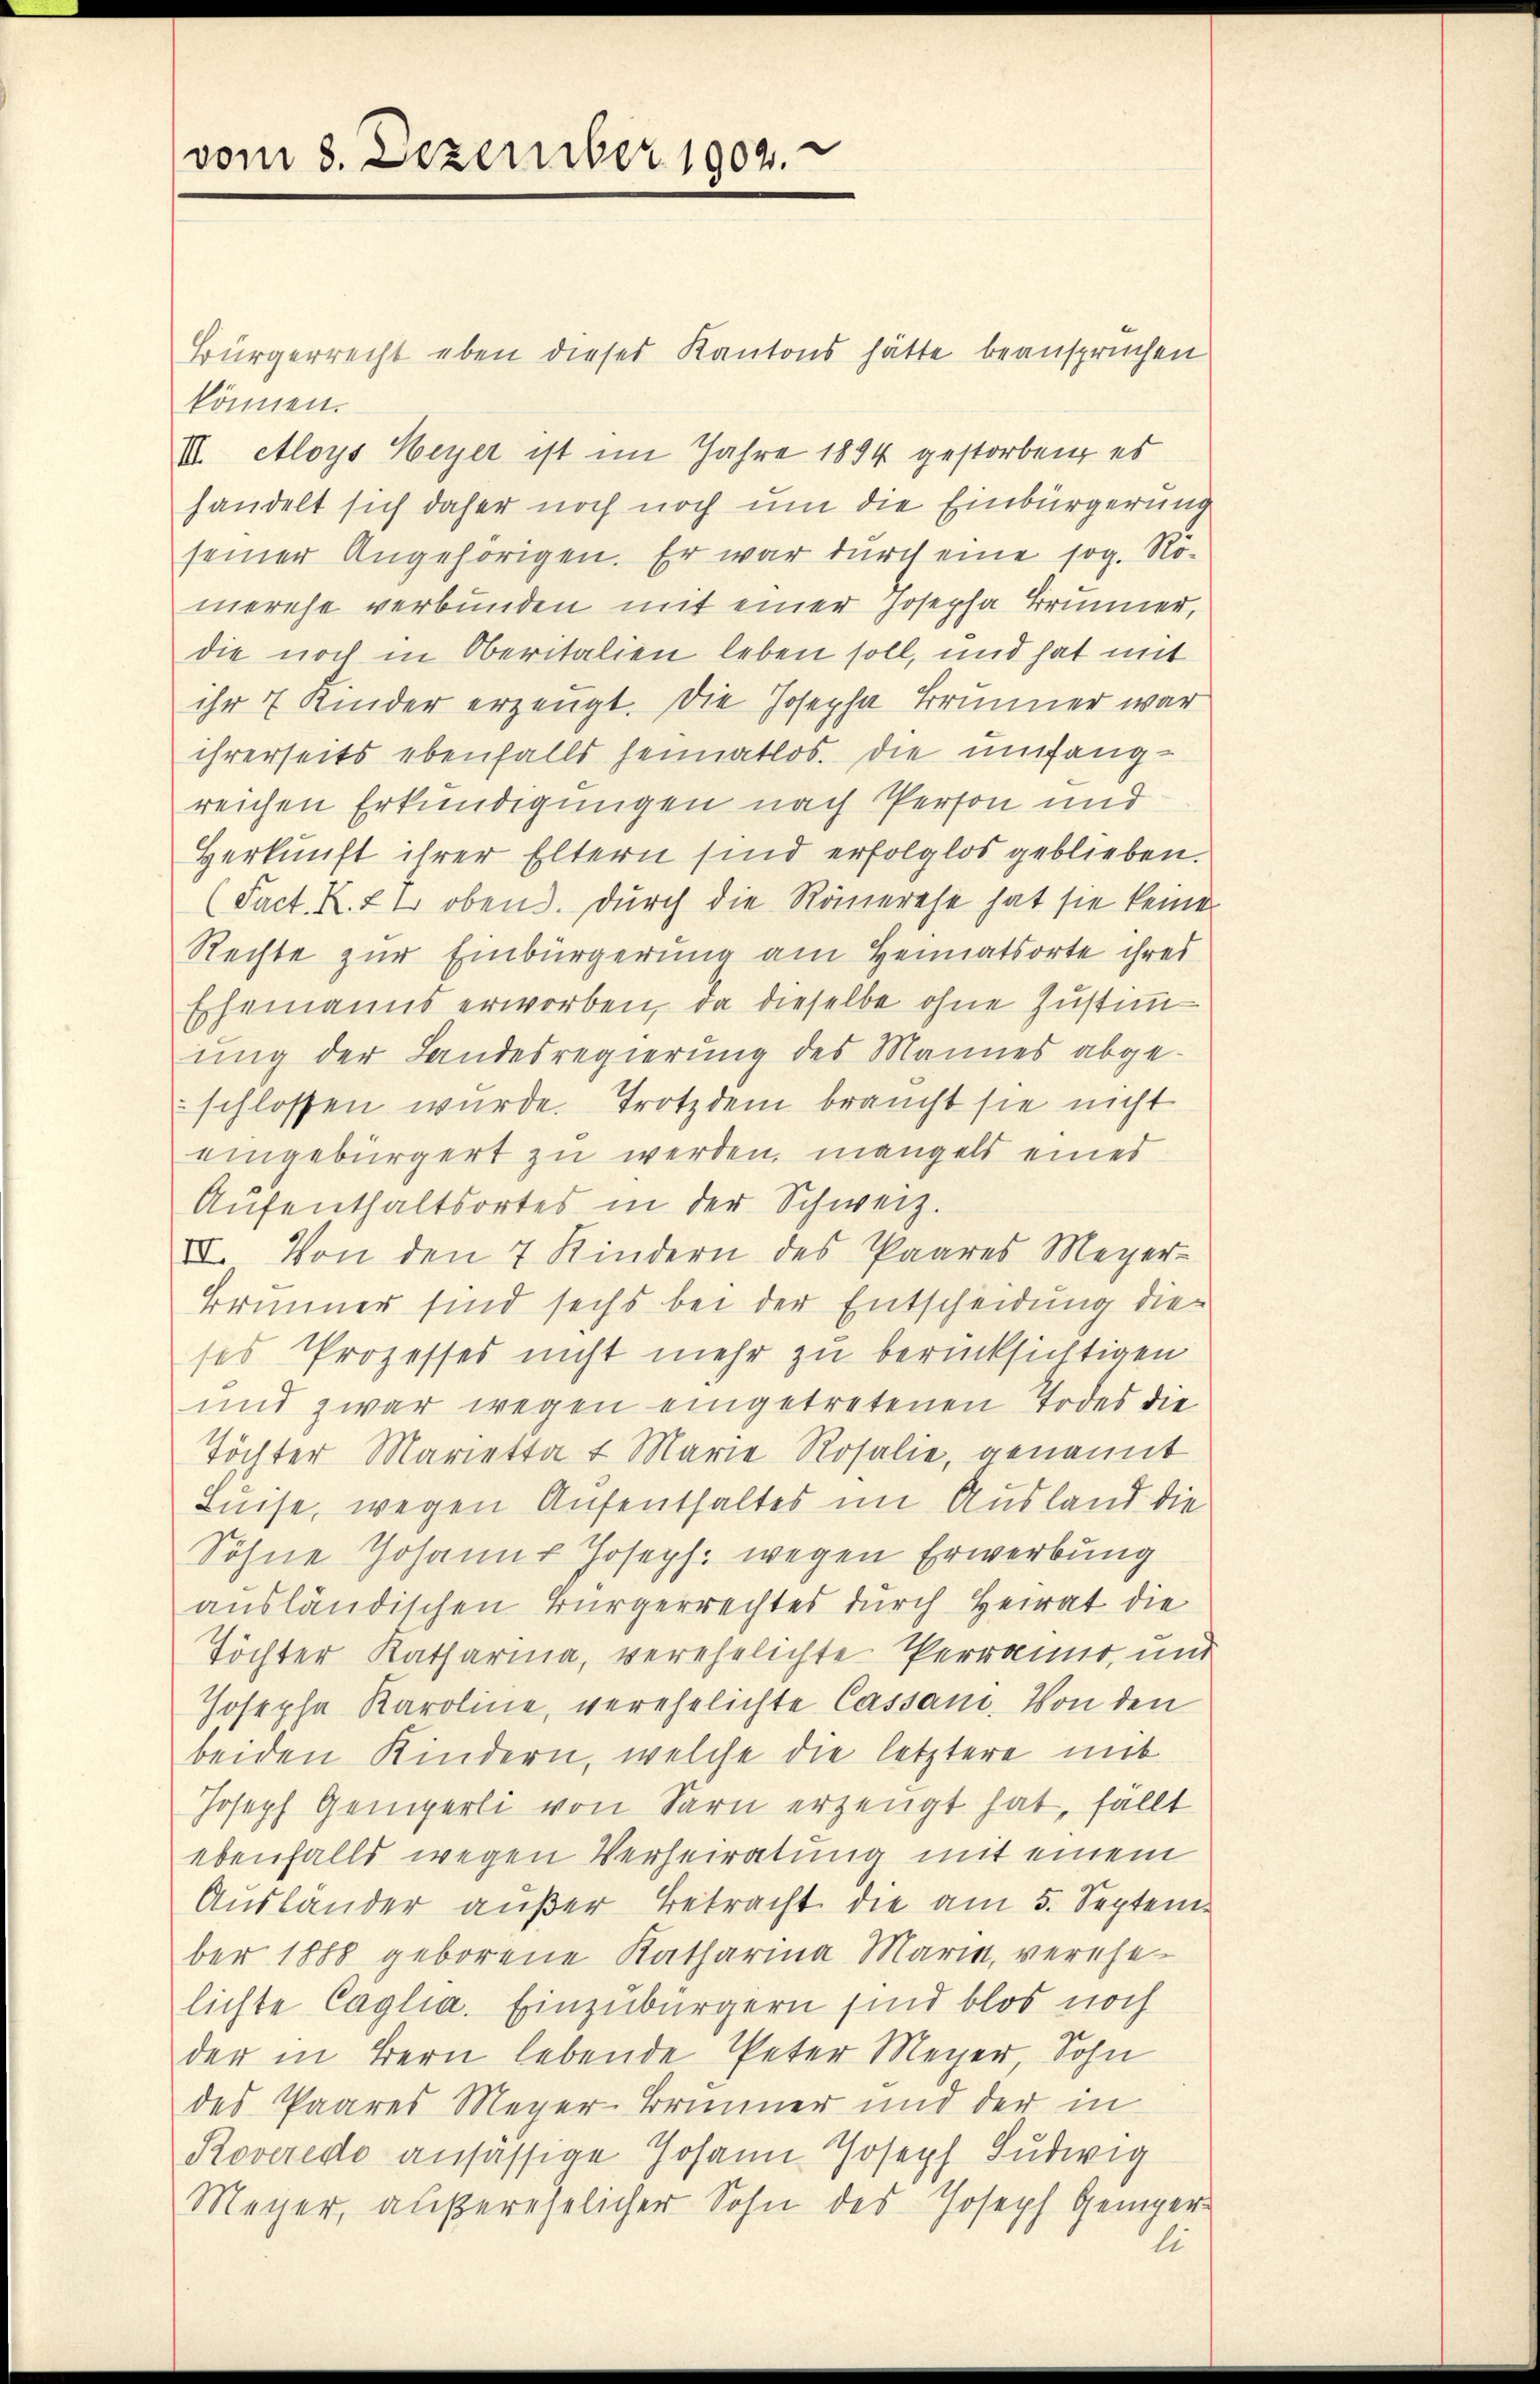
vom 8. Dezember 1902.

Bürgerrecht eben dieses Kantons hätte beanspruchen
können.
III. Aloys Weyer ist im Jahre 1894 gestorben, es
handelt sich daher noch noch um die Einbürgerung
seiner Angehörigen. Er war durch eine sog. Rö-
merche verbunden mit einer Josepha Brunner,
die noch in Oberitalien leben soll, und hat mit
ihr 7 Kinder erzeugt. Die Josepha Brunner war
ihrerseits ebenfalls heimatlos. Die umfangreichen Erkundigungen nach Person und
Herkunft ihrer Eltern sind erfolglos geblieben.
(Fact. K. 2 2 obend. Durch die Rämerese hat sie keine
Rechte zur Einbürgerung am Heimatsorte ihres
Ehemanns erworben, da dieselbe ohne Zustimm
ung der Landesregierung des Mannes abge-
schlossen wurde. Trotzdem braucht sie nicht
eingebürgert zu werden, mangels eines
Aufenthaltsortes in der Schweiz.
II. Von den 7 Kindern des Paares Meyer-
Brunner sind sechs bei der Entscheidung die
ses Prozesses nicht mehr zu berücksichtigen
und zwar wegen eingetretenen Todes die
Töchter Marietta t Marie Rosalie, genannt
Luise, wegen Aufenthaltes im Ausland die
Söhne Johann Joseph. wegen Erwerbung
ausländischen Bürgerrechtes durch Heirat die
Töchter Katharina, verehelichte Perrannt, und
Josepha Karoline, verehelichte Cassan. Von den
beiden Kindern, welche die letztere mit
Joseph Gemperli von Sarn erzeugt hat, fällt
ebenfalls wegen Verheiratung mit einem
Auslander außer Betracht die am 5. Septem
ber 1888 geborene Katharina Maria, verehe-
lichte Caglia. Einzubürgern sind blos noch
der in Bern lebende Peter Meyer, Sohn
des Paares Meyer-Brunner und der in
Roveredo ansässige Johann Joseph Ludwig
Meyer, außerehelicher Sohn des Joseph Genger

li